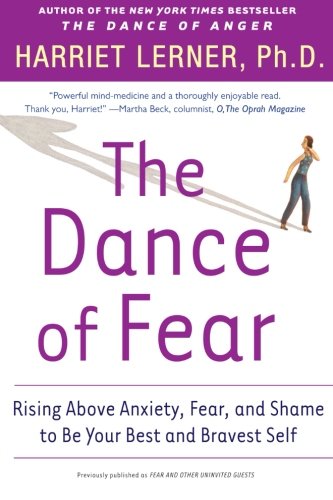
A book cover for The Dance of Fear: Rising Above Anxiety, Fear, and Shame to Be Your Best and Bravest Self; Harriet Lerner; Health, Fitness & Dieting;